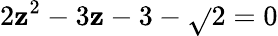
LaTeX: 2\mathbf{z}^{2}-3\mathbf{z}-3-\sqrt{}{{2}}=0